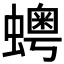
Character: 𧒹